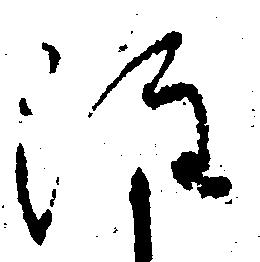
注